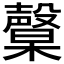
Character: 𣫙